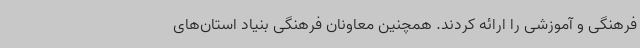
فرهنگی و آموزشی را ارائه کردند. همچنین معاونان فرهنگی بنیاد استان‌های